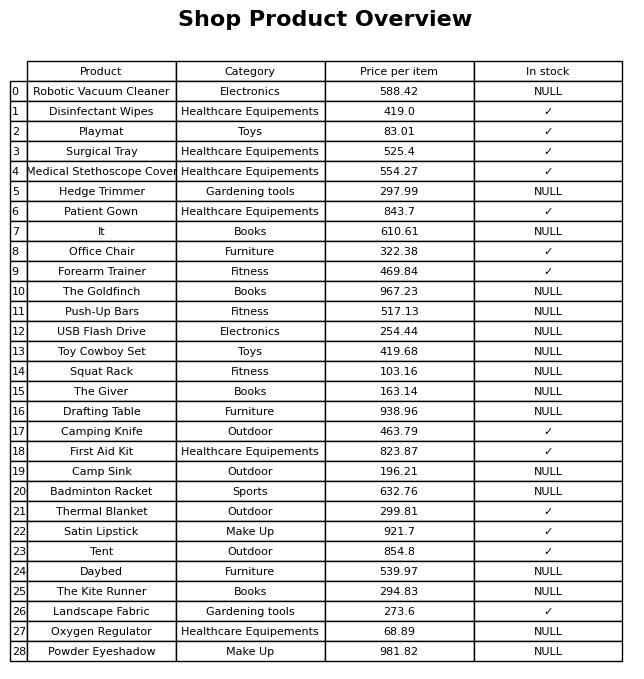
question: Which products are currently out of stock?
answer: Robotic Vacuum Cleaner, Hedge Trimmer, It, The Goldfinch, Push-Up Bars, USB Flash Drive, Toy Cowboy Set, Squat Rack, The Giver, Drafting Table, Camp Sink, Badminton Racket, Daybed, The Kite Runner, Oxygen Regulator, Powder Eyeshadow